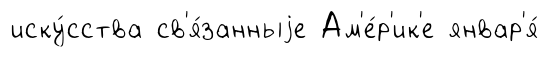
иску́сства св'я́занныjе Ам'е́р'ик'е январ'я́